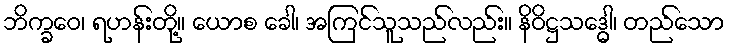
ဘိက္ခဝေ၊ ရဟန်းတို့။ ယောစ ခေါ၊ အကြင်သူသည်လည်း။ နိဝိဋ္ဌသဒ္ဓေါ၊ တည်သော